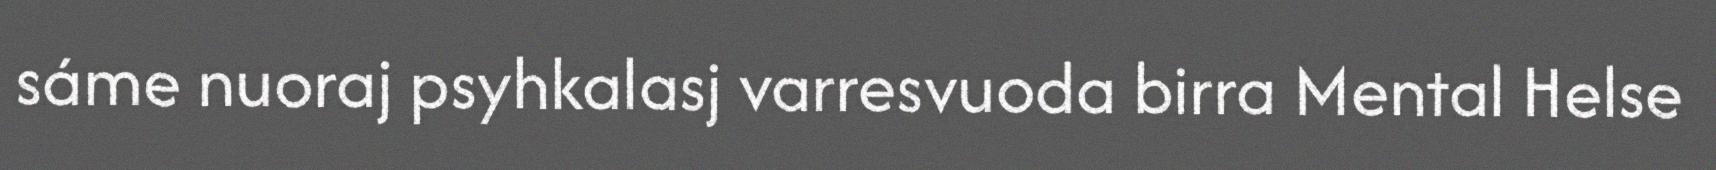
sáme nuoraj psyhkalasj varresvuoda birra Mental Helse